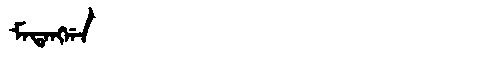
Manchu: ᠮᠠᡨᠠᠩᡤᠠ
Romanization: MATANGGA